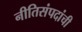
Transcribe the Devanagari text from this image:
नीतिसंपदांची